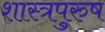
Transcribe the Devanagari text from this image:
शास्त्रपुरुष